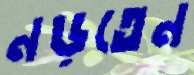
নড়তেন